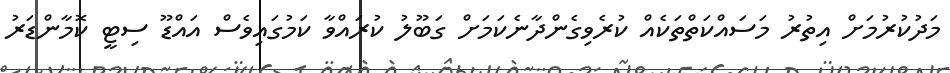
މަދުކުރުމަށް އިތުރު މަސައްކަތްތަކެއް ކުރެވިގެންދާނެކަމަށް ގަބޫލު ކުރައްވާ ކަމުގައިވެސް އައްޑޫ ސިޓީ ކޮމާންޑަރު